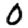
Digit: 0